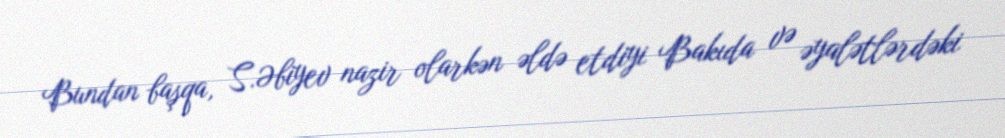
Bundan başqa, S.Əbiyev nazir olarkən əldə etdiyi Bakıda və əyalətlərdəki